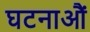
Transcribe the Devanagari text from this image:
घटनाऔं